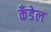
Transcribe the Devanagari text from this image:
कँडेल